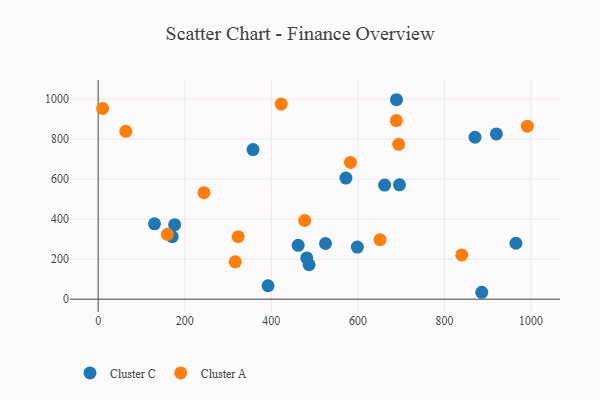
{"axis": {"x": "Experience", "y": "Fuel Efficiency"}, "legend": ["Cluster A", "Cluster C"], "data": [{"x": "696.0", "y": 571.2, "type": "Cluster C"}, {"x": "392.4", "y": 67.2, "type": "Cluster C"}, {"x": "870.5", "y": 809.0, "type": "Cluster C"}, {"x": "525.1", "y": 278.1, "type": "Cluster C"}, {"x": "964.9", "y": 279.5, "type": "Cluster C"}, {"x": "487.2", "y": 172.0, "type": "Cluster C"}, {"x": "886.0", "y": 34.5, "type": "Cluster C"}, {"x": "481.8", "y": 206.2, "type": "Cluster C"}, {"x": "176.7", "y": 372.4, "type": "Cluster C"}, {"x": "572.3", "y": 605.0, "type": "Cluster C"}, {"x": "689.1", "y": 996.5, "type": "Cluster C"}, {"x": "598.7", "y": 260.1, "type": "Cluster C"}, {"x": "130.1", "y": 376.3, "type": "Cluster C"}, {"x": "919.8", "y": 825.7, "type": "Cluster C"}, {"x": "357.7", "y": 747.2, "type": "Cluster C"}, {"x": "661.7", "y": 570.0, "type": "Cluster C"}, {"x": "171.1", "y": 312.9, "type": "Cluster C"}, {"x": "462.0", "y": 269.2, "type": "Cluster C"}, {"x": "582.8", "y": 683.0, "type": "Cluster A"}, {"x": "688.8", "y": 892.1, "type": "Cluster A"}, {"x": "323.3", "y": 312.0, "type": "Cluster A"}, {"x": "63.9", "y": 838.4, "type": "Cluster A"}, {"x": "159.9", "y": 324.2, "type": "Cluster A"}, {"x": "244.4", "y": 532.0, "type": "Cluster A"}, {"x": "10.3", "y": 952.7, "type": "Cluster A"}, {"x": "477.0", "y": 393.2, "type": "Cluster A"}, {"x": "316.7", "y": 186.4, "type": "Cluster A"}, {"x": "422.8", "y": 974.9, "type": "Cluster A"}, {"x": "991.4", "y": 864.2, "type": "Cluster A"}, {"x": "694.2", "y": 773.7, "type": "Cluster A"}, {"x": "839.8", "y": 221.3, "type": "Cluster A"}, {"x": "651.0", "y": 297.1, "type": "Cluster A"}]}